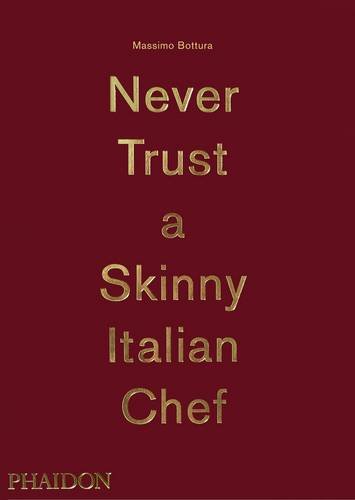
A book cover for Massimo Bottura: Never Trust A Skinny Italian Chef; Massimo Bottura; Cookbooks, Food & Wine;